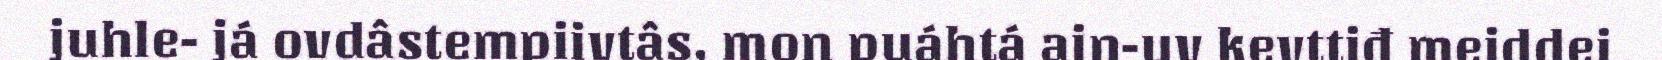
juhle- já ovdâstempiivtâs, mon puáhtá ain-uv kevttiđ meiddei